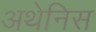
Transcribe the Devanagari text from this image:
अथेनिस